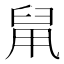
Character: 䑕